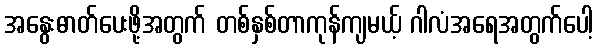
အနွေးဓာတ်ပေးဖို့အတွက် တစ်နှစ်တာကုန်ကျမယ့် ဂါလံအရေအတွက်ပေါ့